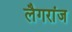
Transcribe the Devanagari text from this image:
लैगरांज